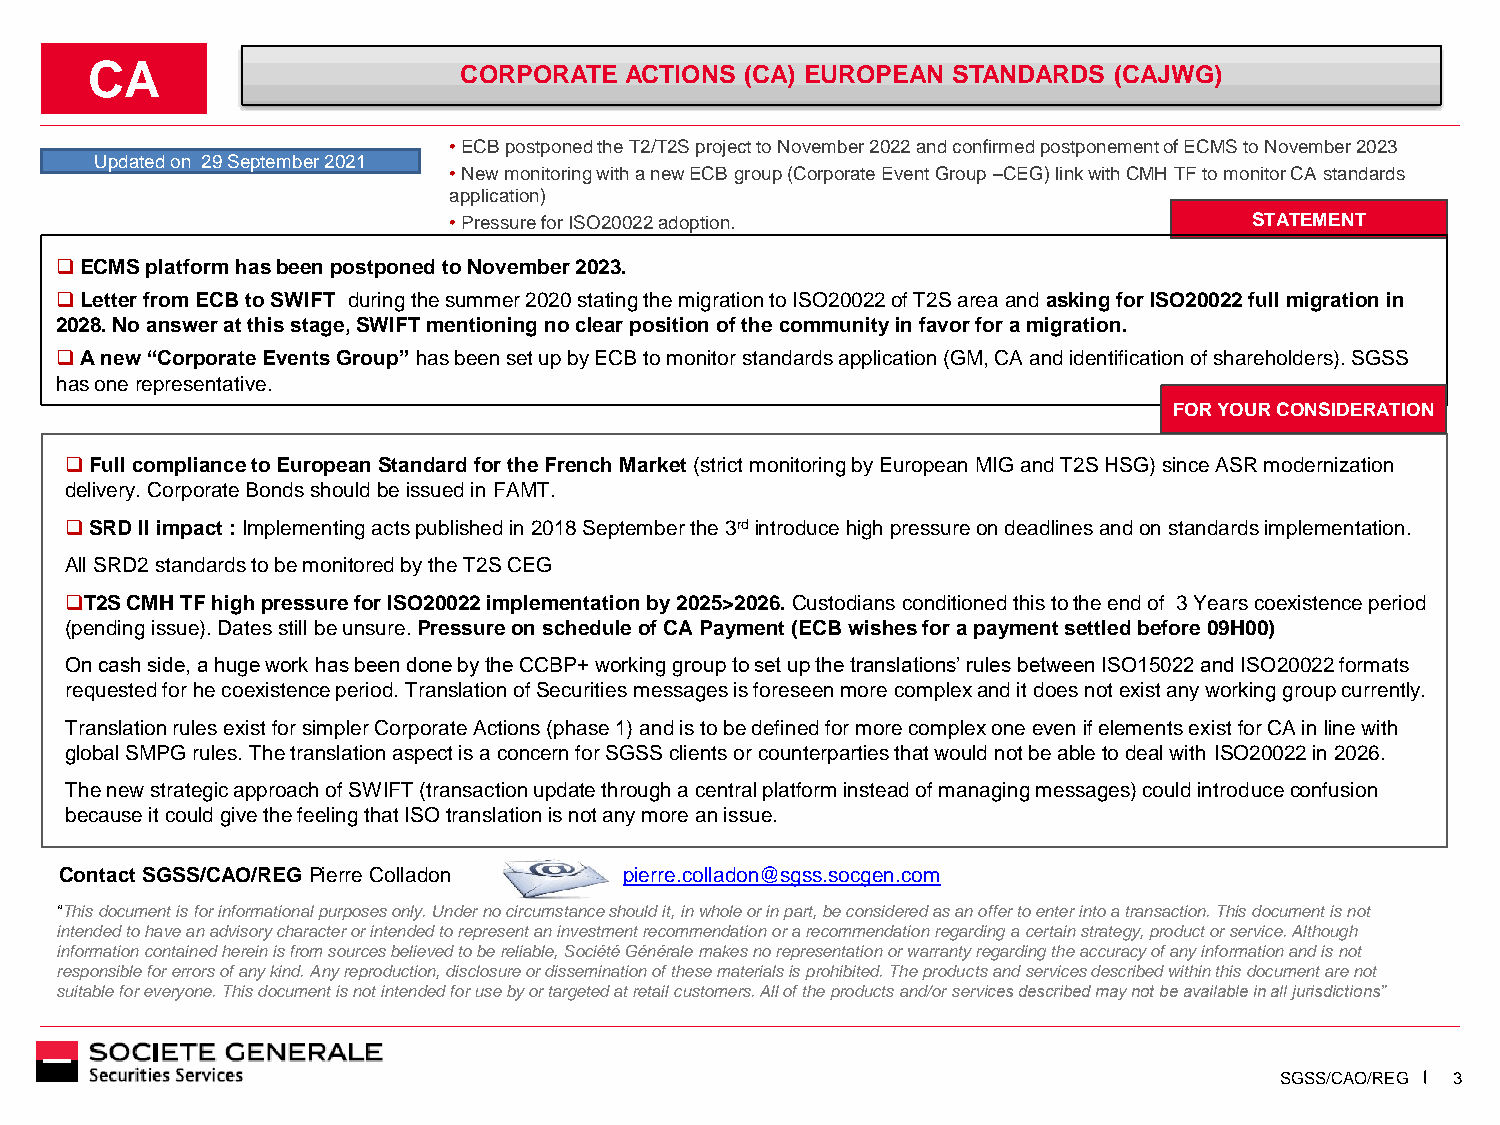
CA                      CORPORATE  ACTIONS (CA) EUROPEAN STANDARDS  (CAJWG)
 •ECB postponed the T2/T2S project to November 2022 and confirmed postponement of ECMS to November 2023
 Updated on 29 September 2021
 •New monitoring with a new ECB group (Corporate Event Group –CEG) link with CMH TF to monitor CA standards
 application)
 •Pressure for ISO20022 adoption.                     STATEMENT
 ❑ECMS platform has been postponed to November 2023.
 ❑Letter from ECB to SWIFT during the summer 2020 stating the migration to ISO20022 of T2S area and asking for ISO20022 full migration in
 2028. No answer at this stage, SWIFT mentioning no clear position of the community in favor for a migration.
 ❑A new “Corporate Events Group” has been set up by ECB to monitor standards application (GM, CA and identification of shareholders). SGSS
 has one representative.
 FOR YOUR CONSIDERATION
 ❑Full compliance to European Standard for the French Market (strict monitoring by European MIG and T2S HSG) since ASR modernization
 delivery. Corporate Bonds should be issued in FAMT.
 ❑SRD II impact : Implementing acts published in 2018 September the 3rdintroduce high pressure on deadlines and on standards implementation.
 All SRD2 standards to be monitored by the T2S CEG
 ❑T2S CMH TF high pressure for ISO20022 implementation by 2025>2026. Custodians conditioned this to the end of 3 Years coexistence period
 (pending issue). Dates still be unsure. Pressure on schedule of CA Payment (ECB wishes for a payment settled before 09H00)
 On cash side, a huge work has been done by the CCBP+ working group to set up the translations’ rules between ISO15022 and ISO20022 formats
 requested for hecoexistence period. Translation of Securities messages is foreseen more complexand it does not exist any working group currently.
 Translation rules exist for simpler Corporate Actions (phase 1) and is to be defined for more complex one even if elements existfor CA in line with
 global SMPG rules. The translation aspect is a concern for SGSS clients or counterparties that would not be able to deal with ISO20022 in 2026.
 The new strategic approach of SWIFT (transaction update through a central platform instead of managing messages) could introduceconfusion
 because it could give the feeling that ISO translation is not any more an issue.
 Contact SGSS/CAO/REG Pierre Colladon pierre.colladon@sgss.socgen.com
 “This document is for informational purposes only. Under no circumstance should it, in whole or in part, be considered as an offer to enter intoa transaction. This document is not
 intended to have an advisory character or intended to represent an investment recommendation or a recommendation regarding a certain strategy, product or service. Although
 information contained herein is from sources believed to be reliable, SociétéGénéralemakes no representation or warranty regarding the accuracy of any information and is not
 responsible for errors of any kind. Any reproduction, disclosure or dissemination of these materials is prohibited. The productsand services described within this document are not
 suitable for everyone. This document is not intended for use by or targeted at retail customers. All of the products and/or services described may not be available in all jurisdictions”
 SGSS/CAO/REG 3